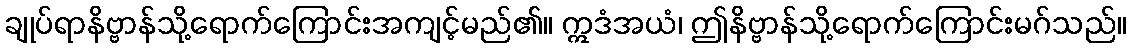
ချုပ်ရာနိဗ္ဗာန်သို့ရောက်ကြောင်းအကျင့်မည်၏။ ဣဒံအယံ၊ ဤနိဗ္ဗာန်သို့ရောက်ကြောင်းမဂ်သည်။